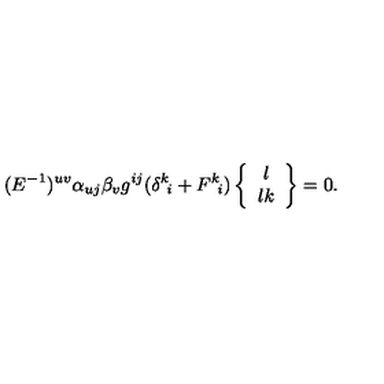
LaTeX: ( E ^ { - 1 } ) ^ { u v } \alpha _ { u j } \beta _ { v } g ^ { i j } ( \delta ^ { k } \! _ { i } + F ^ { k } \! _ { i } ) \left\{ \begin{array} { c } { l } \\ { l k } \\ \end{array} \right\} = 0 .